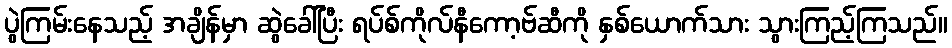
ပွဲကြမ်းနေသည့် အချိန်မှာ ဆွဲခေါ်ပြီး ရပ်စ်ကိုလ်နီကော့ဗ်ဆီကို နှစ်ယောက်သား သွားကြည့်ကြသည်။